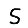
Digit: 5